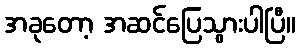
အခုတော့ အဆင်ပြေသွားပါပြီ။